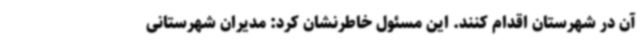
آن در شهرستان اقدام کنند. این مسئول خاطرنشان کرد: مدیران شهرستانی